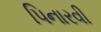
પિનારવી